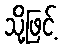
သို့ဖြင့်